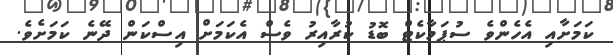
ކަމަށާއި އެހެންވެ ސުޕަމާކެޓް ބޮޑު ކުރާއިރު ވެސް އެކަމަށް އިސްކަން ދޭނެ ކަމަށެވެ.